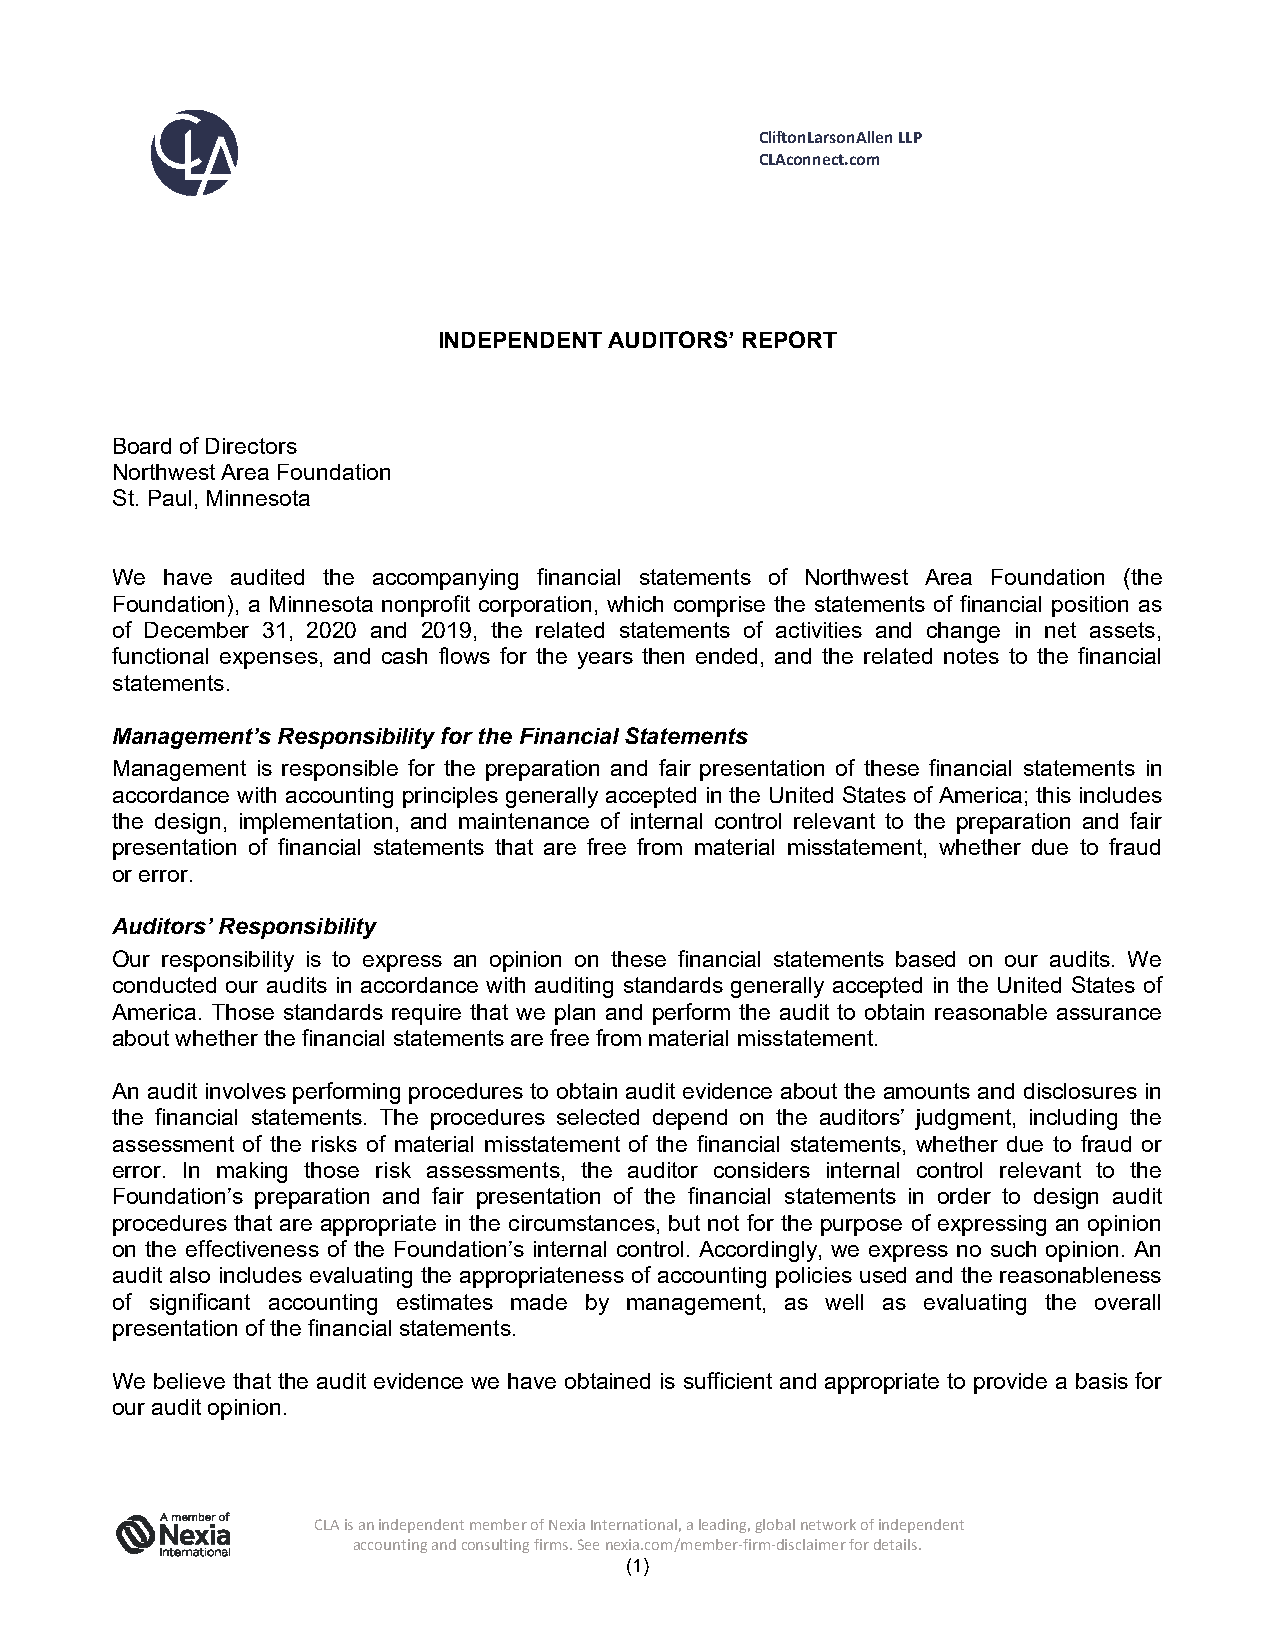
CliftonLarsonAllen LLP
 CLAconnect.com
 INDEPENDENT AUDITORS’ REPORT
 Board of Directors
 Northwest Area Foundation
 St. Paul, Minnesota
 We  have audited the accompanying financial statements of Northwest Area Foundation (the
 Foundation), a Minnesota nonprofit corporation, which comprise the statements of financial position as
 of December 31, 2020 and 2019, the related statements of activities and change in net assets,
 functional expenses, and cash flows for the years then ended, and the related notes to the financial
 statements.
 Management’s Responsibility for the Financial Statements
 Management is responsible for the preparation and fair presentation of these financial statements in
 accordance with accounting principles generally accepted in the United States of America; this includes
 the design, implementation, and maintenance of internal control relevant to the preparation and fair
 presentation of financial statements that are free from material misstatement, whether due to fraud
 or error.
 Auditors’ Responsibility
 Our responsibility is to express an opinion on these financial statements based on our audits. We
 conducted our audits in accordance with auditing standards generally accepted in the United States of
 America. Those standards require that we plan and perform the audit to obtain reasonable assurance
 about whether the financial statements are free from material misstatement.
 An audit involves performing procedures to obtain audit evidence about the amounts and disclosures in
 the financial statements. The procedures selected depend on the auditors’ judgment, including the
 assessment of the risks of material misstatement of the financial statements, whether due to fraud or
 error. In making those risk assessments, the auditor considers internal control relevant to the
 Foundation’s preparation and fair presentation of the financial statements in order to design audit
 procedures that are appropriate in the circumstances, but not for the purpose of expressing an opinion
 on the effectiveness of the Foundation’s internal control. Accordingly, we express no such opinion. An
 audit also includes evaluating the appropriateness of accounting policies used and the reasonableness
 of significant accounting estimates made by management, as well as evaluating the overall
 presentation of the financial statements.
 We believe that the audit evidence we have obtained is sufficient and appropriate to provide a basis for
 our audit opinion.
 CLA is an independent member of Nexia International, a leading, global network of independent
 accounting and consulting firms. See nexia.com/member‐firm‐disclaimer for details.
 (1)